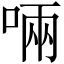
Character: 啢